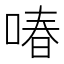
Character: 㖺